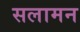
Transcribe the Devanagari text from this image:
सलामन